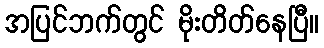
အပြင်ဘက်တွင် မိုးတိတ်နေပြီ။